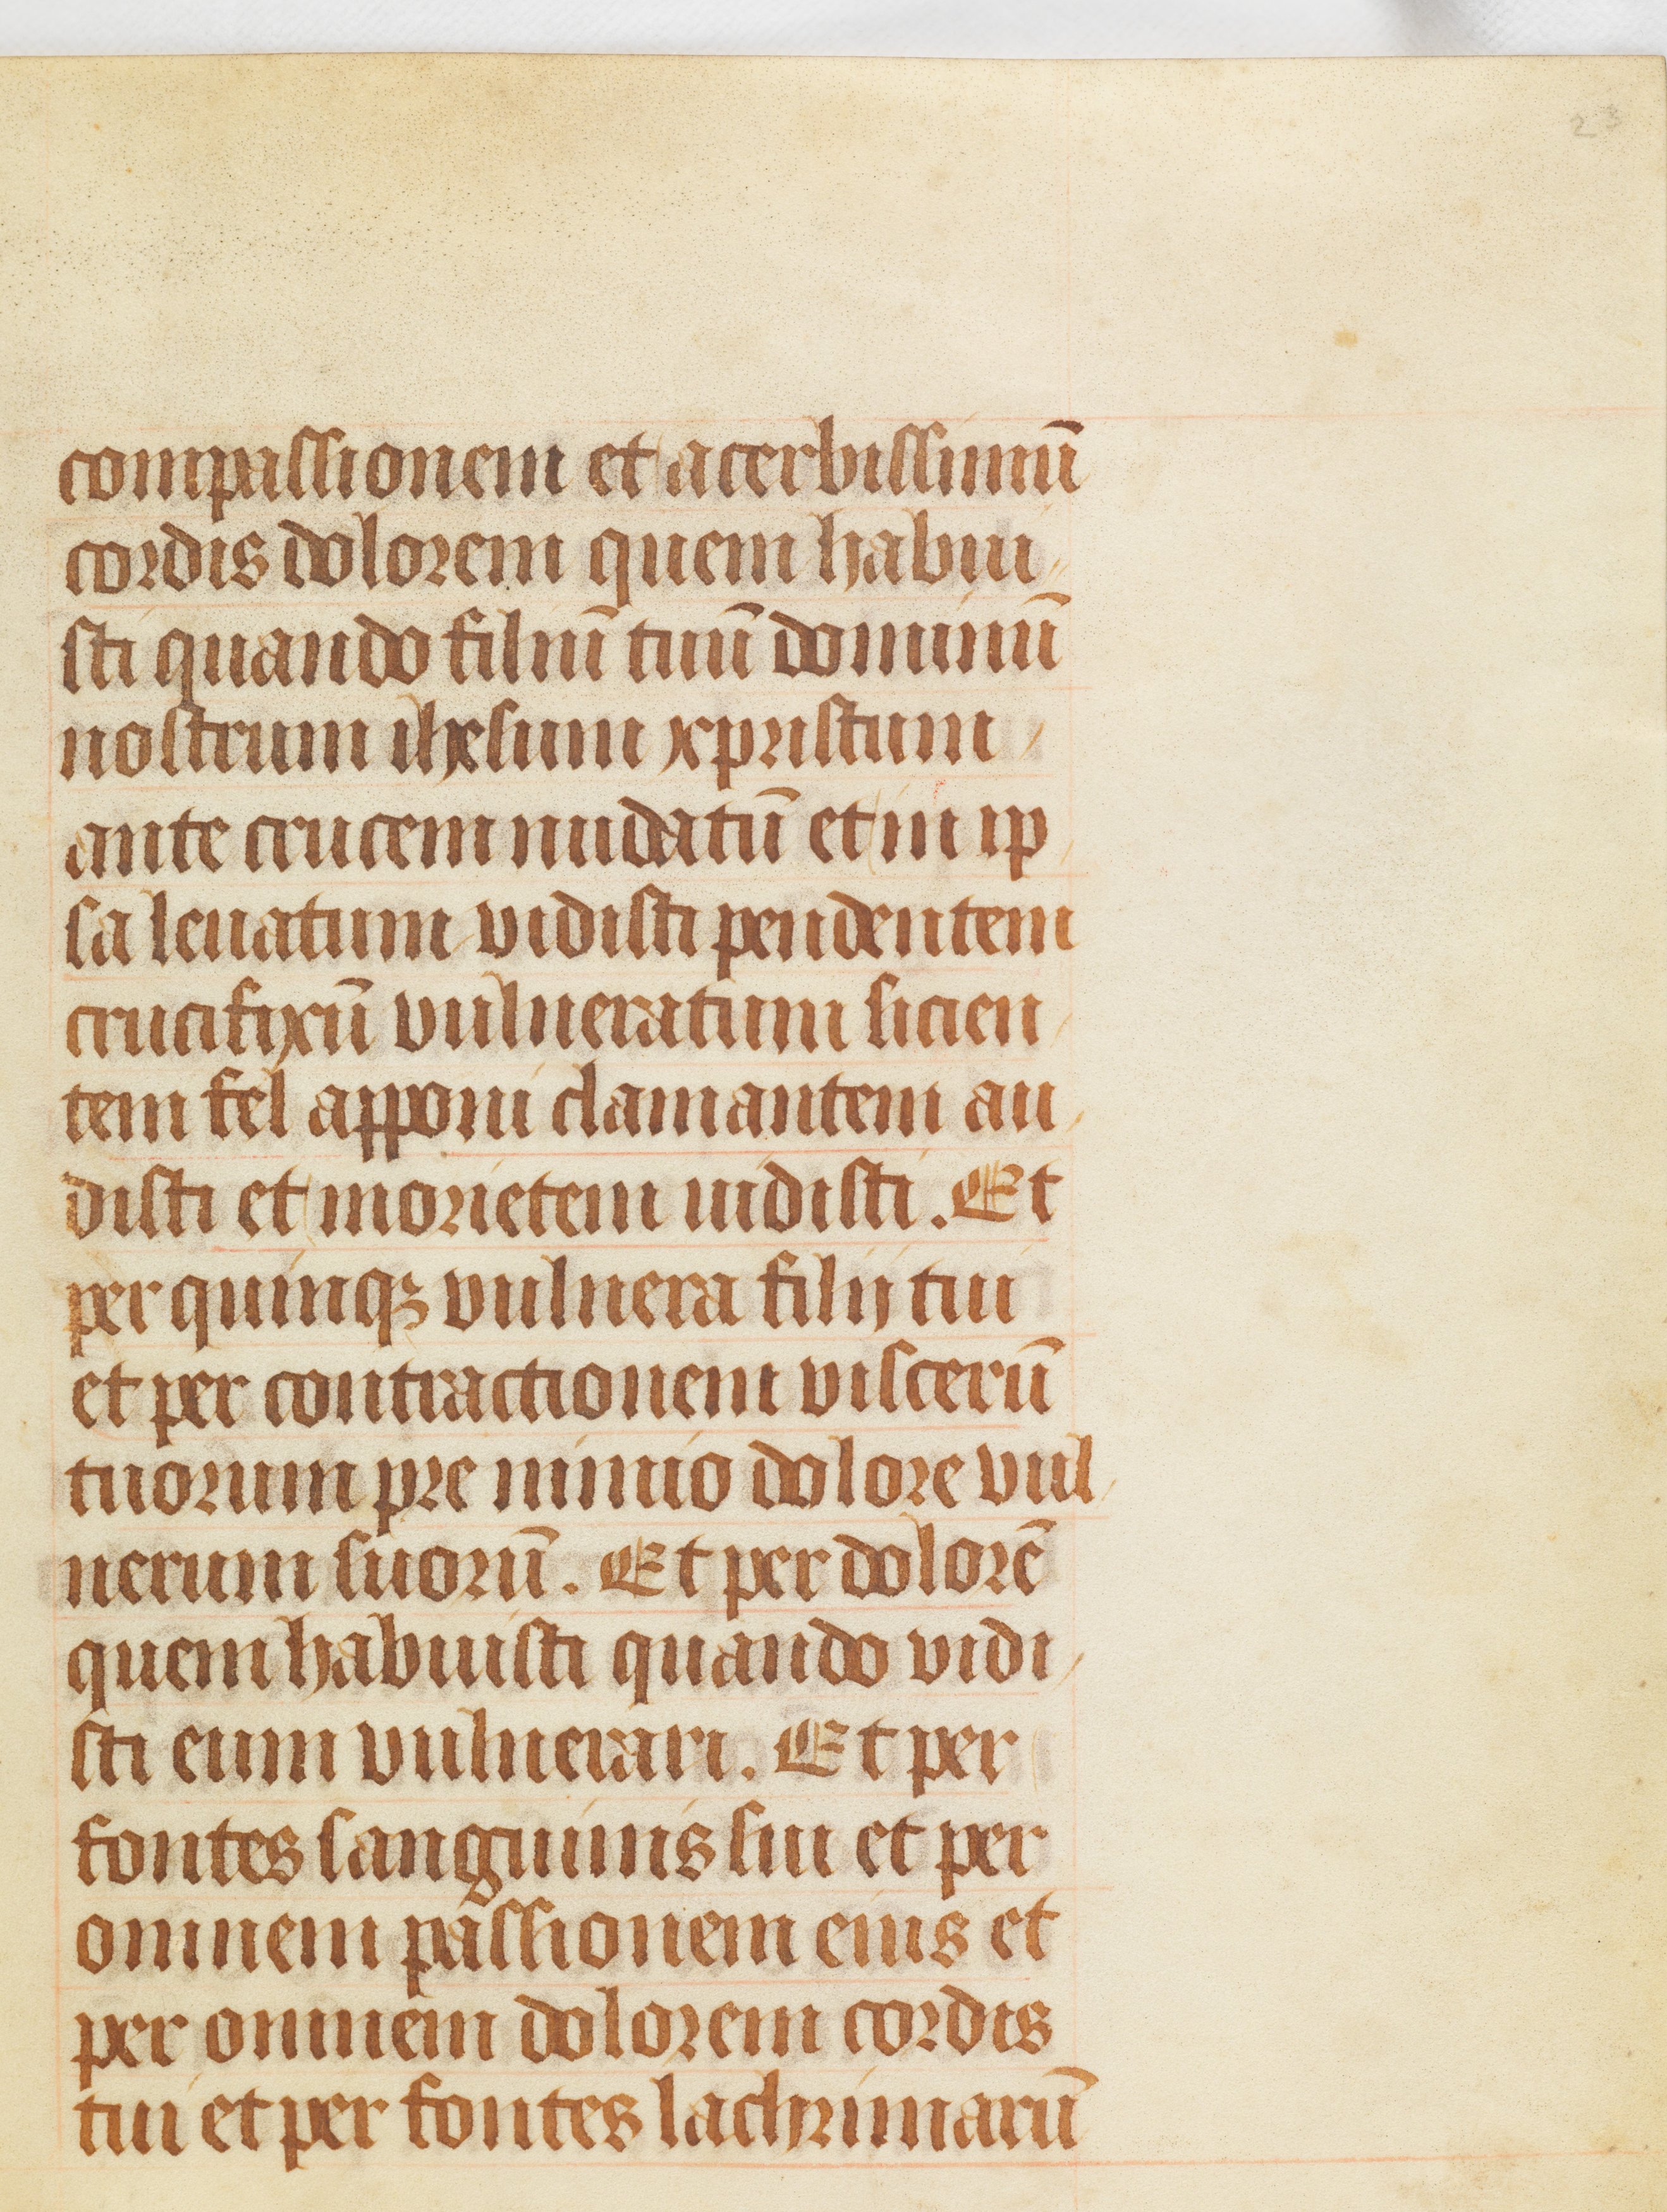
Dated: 1511–1520